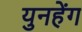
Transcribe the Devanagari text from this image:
युनहेंग